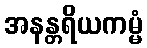
အနန္တရိယကမ္မံ